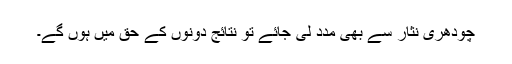
چودھری نثار سے بھی مدد لی جائے تو نتائج دونوں کے حق میں ہوں گے۔